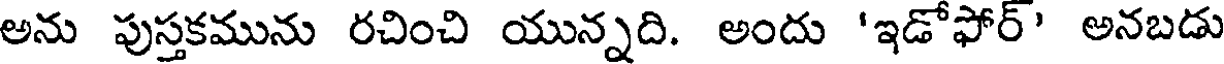
అను పుస్తకమును రచించి యున్నది. అందు 'ఇడోఫోర్' అనబడు